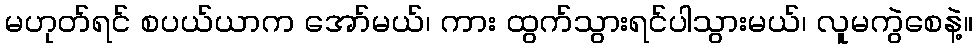
မဟုတ်ရင် စပယ်ယာက အော်မယ်၊ ကား ထွက်သွားရင်ပါသွားမယ်၊ လူမကွဲစေနဲ့။